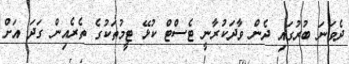
ދެވަނަ ބުރުގައި ދެން ވާދަކުރާނީ ޓެސްޓް ކުޅޭ ޓީމުތަކުގެ ތެރެއިން ގަދަ އަށް